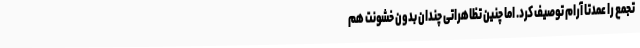
تجمع را عمدتا آرام توصیف کرد. اما چنین تظاهراتی چندان بدون خشونت هم